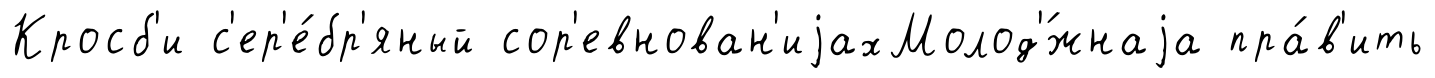
Кросб'и с'ер'е́бр'яный сор'евнован'иjахМолод'́жнаjа пра́в'ить